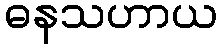
ဓနသဟာယ